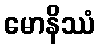
မောနိဿံ